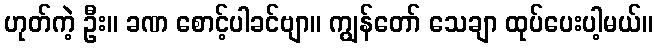
ဟုတ်ကဲ့ ဦး။ ခဏ စောင့်ပါခင်ဗျာ။ ကျွန်တော် သေချာ ထုပ်ပေးပါ့မယ်။